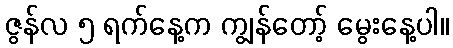
ဇွန်လ ၅ ရက်နေ့က ကျွန်တော့် မွေးနေ့ပါ။